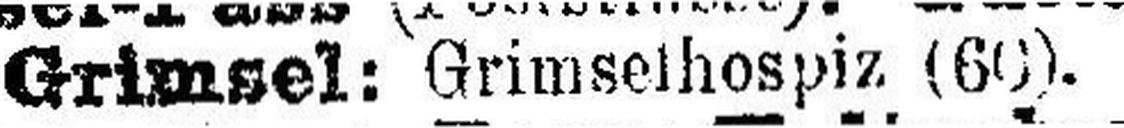
Grimsel: Grimselhospiz (60).